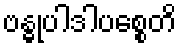
ဗန္ဓုပါဒါပစ္စေတိ